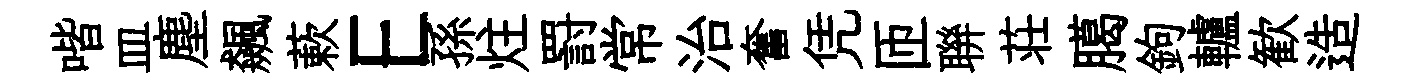
喈皿塵飆蔌E孫炷罸常治奮凭匝聨荘臈鉤轤歓造